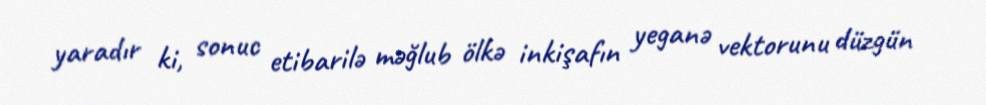
yaradır ki, sonuc etibarilə məğlub ölkə inkişafın yeganə vektorunu düzgün